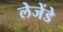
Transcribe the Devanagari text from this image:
लेजेंडे